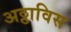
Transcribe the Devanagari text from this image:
अठ्ठाविस